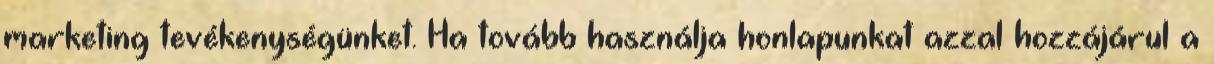
marketing tevékenységünket. Ha tovább használja honlapunkat azzal hozzájárul a